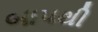
બાપથી